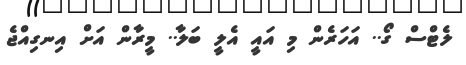
ލެޓްސް ގޯ.. އަހަރެން މި އައީ އެލީ ބަލާ.. މީރާން އަށް އިނގިއްޖެ